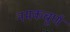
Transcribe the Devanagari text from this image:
नमकचूर्ण